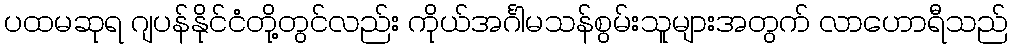
ပထမဆုရ ဂျပန်နိုင်ငံတို့တွင်လည်း ကိုယ်အင်္ဂါမသန်စွမ်းသူများအတွက် လာဟောရီသည်